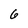
Character: 6